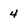
Character: 4